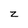
Character: z